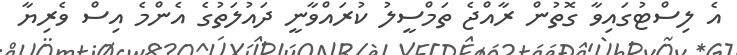
އެ ލިސްޓުގައިވާ ގޮތުން ރާއްޖެ ތަމްސީލު ކުރައްވާނީ ދައުލަތުގެ އެންމެ އިސް ވެރިޔާ